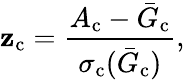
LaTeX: \mathbf{z}_{\mathrm{{c}}}=\frac{{A_{\mathrm{{c}}}-\bar{{G}}_{\mathrm{{c}}}}}{{\sigma_{\mathrm{{c}}}(\bar{{G}}_{\mathrm{{c}}})}},